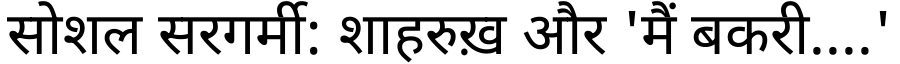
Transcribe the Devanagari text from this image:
सोशल सरगर्मी: शाहरुख़ और 'मैं बकरी....'